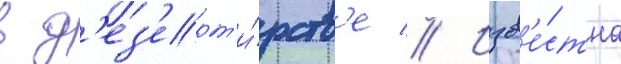
в д'ез'ерт'и́рств'е // Изв'е́стна